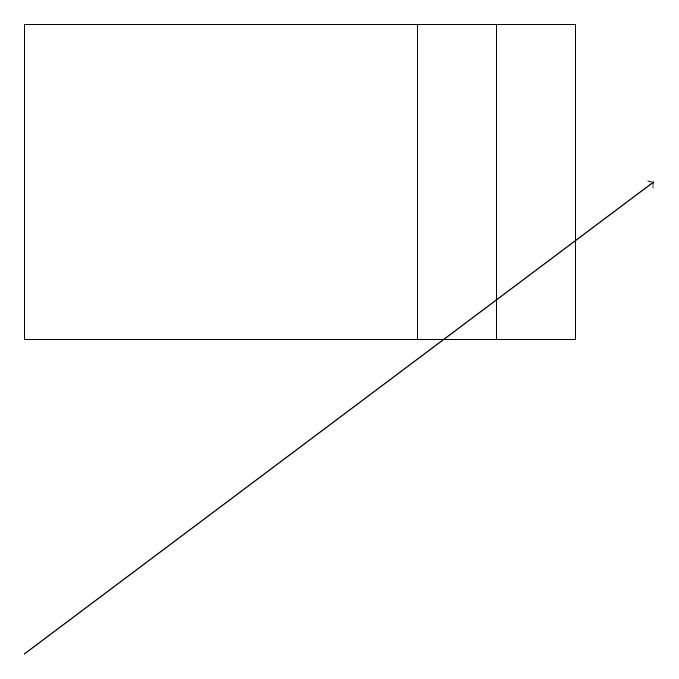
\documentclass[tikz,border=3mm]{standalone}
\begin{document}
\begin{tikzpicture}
\draw[->] (0,11) -- (8,17);
\draw (7,15) rectangle (0,19);
\draw (5,19) rectangle (6,15);
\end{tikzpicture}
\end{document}